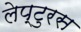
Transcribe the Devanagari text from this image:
लेप्टुरस